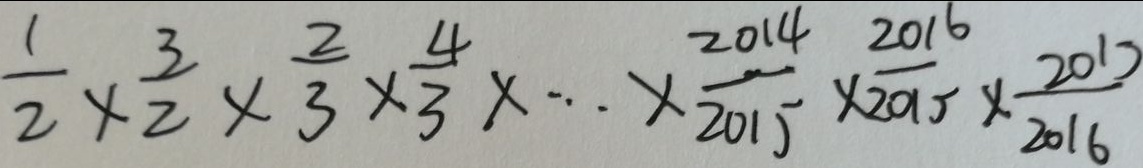
= \frac { 1 } { 2 } \times \frac { 3 } { 2 } \times \frac { 2 } { 3 } \times \frac { 4 } { 3 } \times \cdots \times \frac { 2 0 1 4 } { 2 0 1 5 } \times \frac { 2 0 1 6 } { 2 0 1 5 } \times \frac { 2 0 1 5 } { 2 0 1 6 }